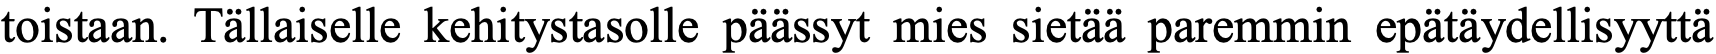
toistaan. Tällaiselle kehitystasolle päässyt mies sietää paremmin epätäydellisyyttä